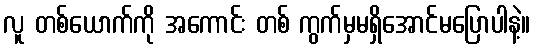
လူ တစ်ယောက်ကို အကောင်း တစ် ကွက်မှမရှိအောင်မပြောပါနဲ့။